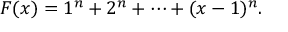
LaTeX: F ( x ) = 1 ^ { n } + 2 ^ { n } + \cdots + ( x - 1 ) ^ { n } .